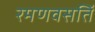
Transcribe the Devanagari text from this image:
रमणवसतिं